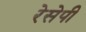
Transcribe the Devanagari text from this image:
रेसेपी